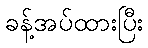
ခန့်အပ်ထားပြီး